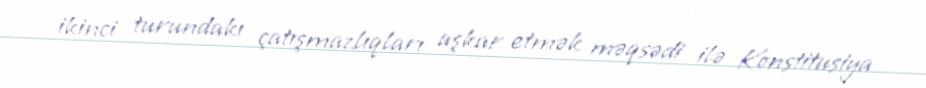
ikinci turundakı çatışmazlıqları aşkar etmək məqsədi ilə Konstitusiya